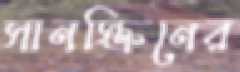
সানস্ক্রিনের